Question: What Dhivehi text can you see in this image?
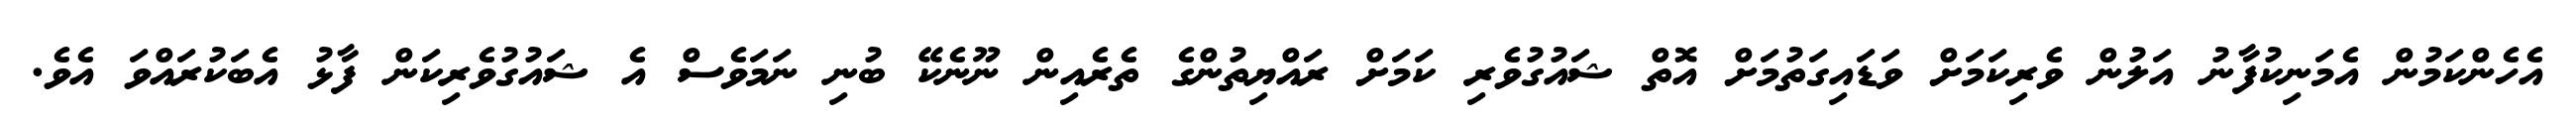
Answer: އެހެންކަމުން އެމަނިކުފާނު އަލުން ވެރިކަމަށް ވަޑައިގަތުމަށް އޮތް ޝައުގުވެރި ކަމަށް ރައްޔިތުންގެ ތެރެއިން ނޫނެކޭ ބުނި ނަމަވެސް އެ ޝައުގުވެރިކަން ފާޅު އެބަކުރައްވަ އެވެ.